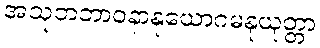
အသုဘဘာဝနာနုယောဂမနုယုတ္တာ